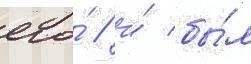
его́ / и́ бы́л